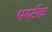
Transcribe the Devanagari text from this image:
पर्य्टक